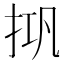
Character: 𰓘